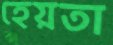
হেয়তা